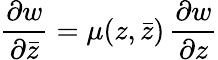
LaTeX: \frac{\partial w}{\partial\bar{z}}=\mu(z,\bar{z})\, \frac{\partial w}{\partial z}